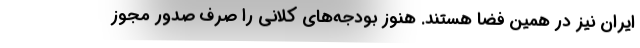
ايران نيز در همين فضا هستند. هنوز بودجه‌هاي كلاني را صرف صدور مجوز